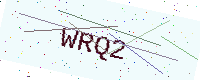
Text: WRQ2